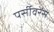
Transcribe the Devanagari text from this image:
पर्सीवरेंस